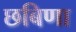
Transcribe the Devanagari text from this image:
छबिणा